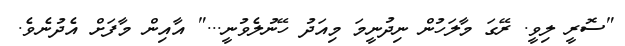
"ސޮރީ ލިވީ. ރޭގަ މާލަހުން ނިދުނީމަ މިއަދު ހޭނުލެވުނީ..." އާއިން މާފަށް އެދުނެވެ.